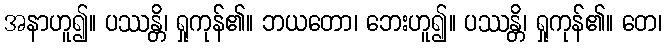
အနာဟူ၍။ ပဿန္တိ၊ ရှုကုန်၏။ ဘယတော၊ ဘေးဟူ၍။ ပဿန္တိ၊ ရှုကုန်၏။ တေ၊